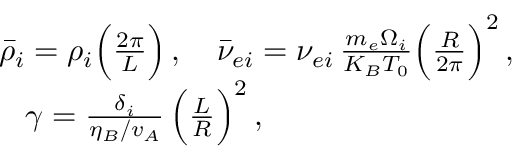
\begin{array} { r } { \bar { \rho } _ { i } = \rho _ { i } \Big ( \frac { 2 \pi } { L } \Big ) \, , \quad \bar { \nu } _ { e i } = \nu _ { e i } \, \frac { m _ { e } \Omega _ { i } } { K _ { B } T _ { 0 } } \Big ( \frac { R } { 2 \pi } \Big ) ^ { 2 } \, , \; } \\ { \gamma = \frac { \delta _ { i } } { \eta _ { B } / v _ { A } } \, \Big ( \frac { L } { R } \Big ) ^ { 2 } \, , \qquad \qquad \qquad \quad \quad \; } \end{array}